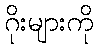
ဂိုးများကို